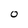
Character: O